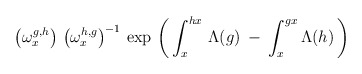
\begin{align*}\left( \omega^{g,h}_x \right) \,\left( \omega^{h,g}_x \right)^{-1} \,\exp \, \left( \, \int^{hx}_x \, \Lambda(g) \: - \:\int^{gx}_x \Lambda(h) \, \right)\end{align*}